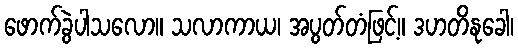
ဖောက်ခွဲပါသလော။ သလာကာယ၊ အပွတ်တံဖြင့်။ ဒဟတိနုခေါ၊